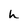
Character: h